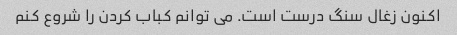
اکنون زغال سنگ درست است. می توانم کباب کردن را شروع کنم